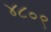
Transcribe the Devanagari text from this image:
४८०९